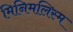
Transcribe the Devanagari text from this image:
मिनिमलिस्म